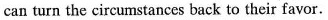
can turn the circumstances back to their favor.